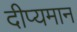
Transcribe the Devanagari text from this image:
दीप्यमान